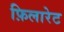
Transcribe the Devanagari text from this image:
फ़िलारेट